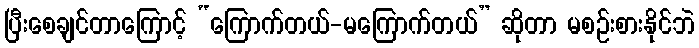
ပြီးစေချင်တာကြောင့် “ကြောက်တယ်-မကြောက်တယ်” ဆိုတာ မစဉ်းစားနိုင်ဘဲ